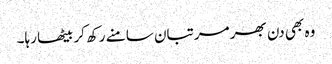
وہ بھی دن بھر مرتبان سامنے رکھ کر بیٹھا رہا۔